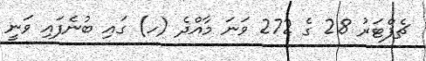
ޗެޕްޓަރު 28 ގެ 272 ވަނަ މާއްދެ (ހ) ގައި ބުނެފައި ވަނީ